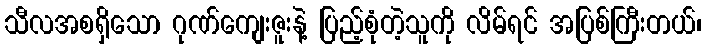
သီလအစရှိသော ဂုဏ်ကျေးဇူးနဲ့ ပြည့်စုံတဲ့သူကို လိမ်ရင် အပြစ်ကြီးတယ်၊